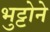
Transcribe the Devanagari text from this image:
भुट्टोने